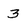
Character: 3